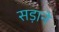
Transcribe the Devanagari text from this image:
सड़ाने